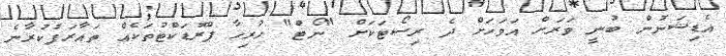
އެޑިޝަނުން ބުނީ ވަރަށް އަވަހަށް ދެ ރިސޯޓަކަށް "ނޯޓް" ހުރިހާ ޕްރޮޑަކްޓުތަކެއް ތައާރަފުކުރާނެ